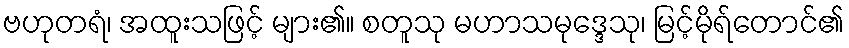
ဗဟုတရံ၊ အထူးသဖြင့် များ၏။ စတူသု မဟာသမုဒ္ဒေသု၊ မြင့်မိုရ်တောင်၏